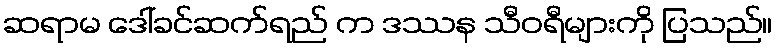
ဆရာမ ဒေါ်ခင်ဆက်ရည် က ဒဿန သီဝရီများကို ပြသည်။